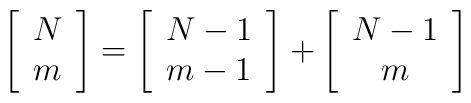
\left[ \begin{array}{c} N \\ m \end{array} \right] =\left[ \begin{array}{c} N-1 \\ m-1 \end{array} \right] +\left[ \begin{array}{c} N-1 \\ m \end{array} \right]